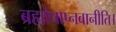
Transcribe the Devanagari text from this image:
ब्रह्मोपाप्नवानीति।